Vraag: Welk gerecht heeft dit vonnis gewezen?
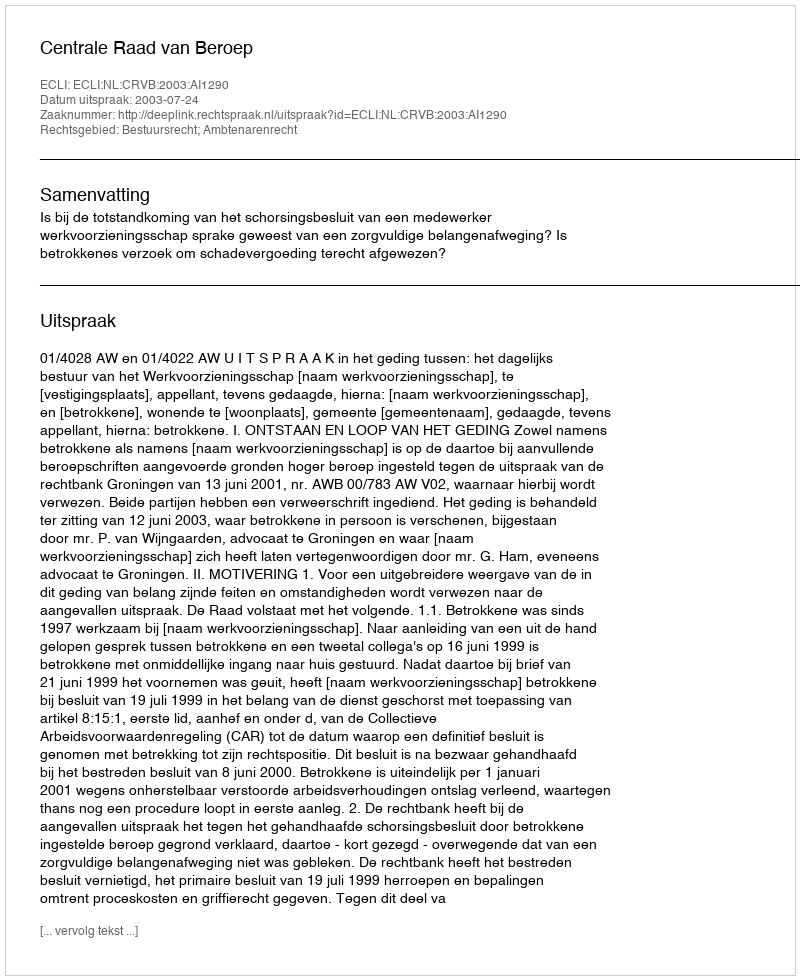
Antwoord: Centrale Raad van Beroep